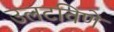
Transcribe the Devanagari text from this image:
उलटविणे